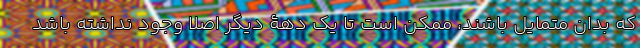
که بدان متمایل باشند، ممکن است تا یک دهۀ دیگر اصلا وجود نداشته باشد